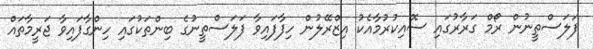
ފަލަސްތީނުން ރޯމް ގަރާރުގައި ސޮއިކުރުމާއެކު އިޒްރޭލުން ހިފާފައިވާ ފަލަސްތީނުގެ ބިންތަކުގައި ހިންގާފައިވާ ޖަރީމާތައް